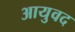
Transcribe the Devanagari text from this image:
आयुवद